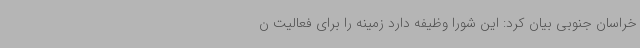
خراسان جنوبی بیان کرد: این شورا وظیفه دارد زمینه را برای فعالیت ن